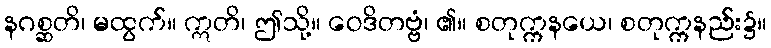
နဂစ္ဆတိ၊ မထွက်။ ဣတိ၊ ဤသို့။ ဝေဒိတဗ္ဗံ၊ ၏။ စတုက္ကနယေ၊ စတုက္ကနည်း၌။